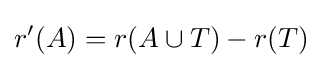
r'(A)=r(A\cup T)-r(T)